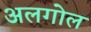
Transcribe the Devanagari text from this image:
अलगोल